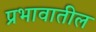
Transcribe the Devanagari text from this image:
प्रभावातील